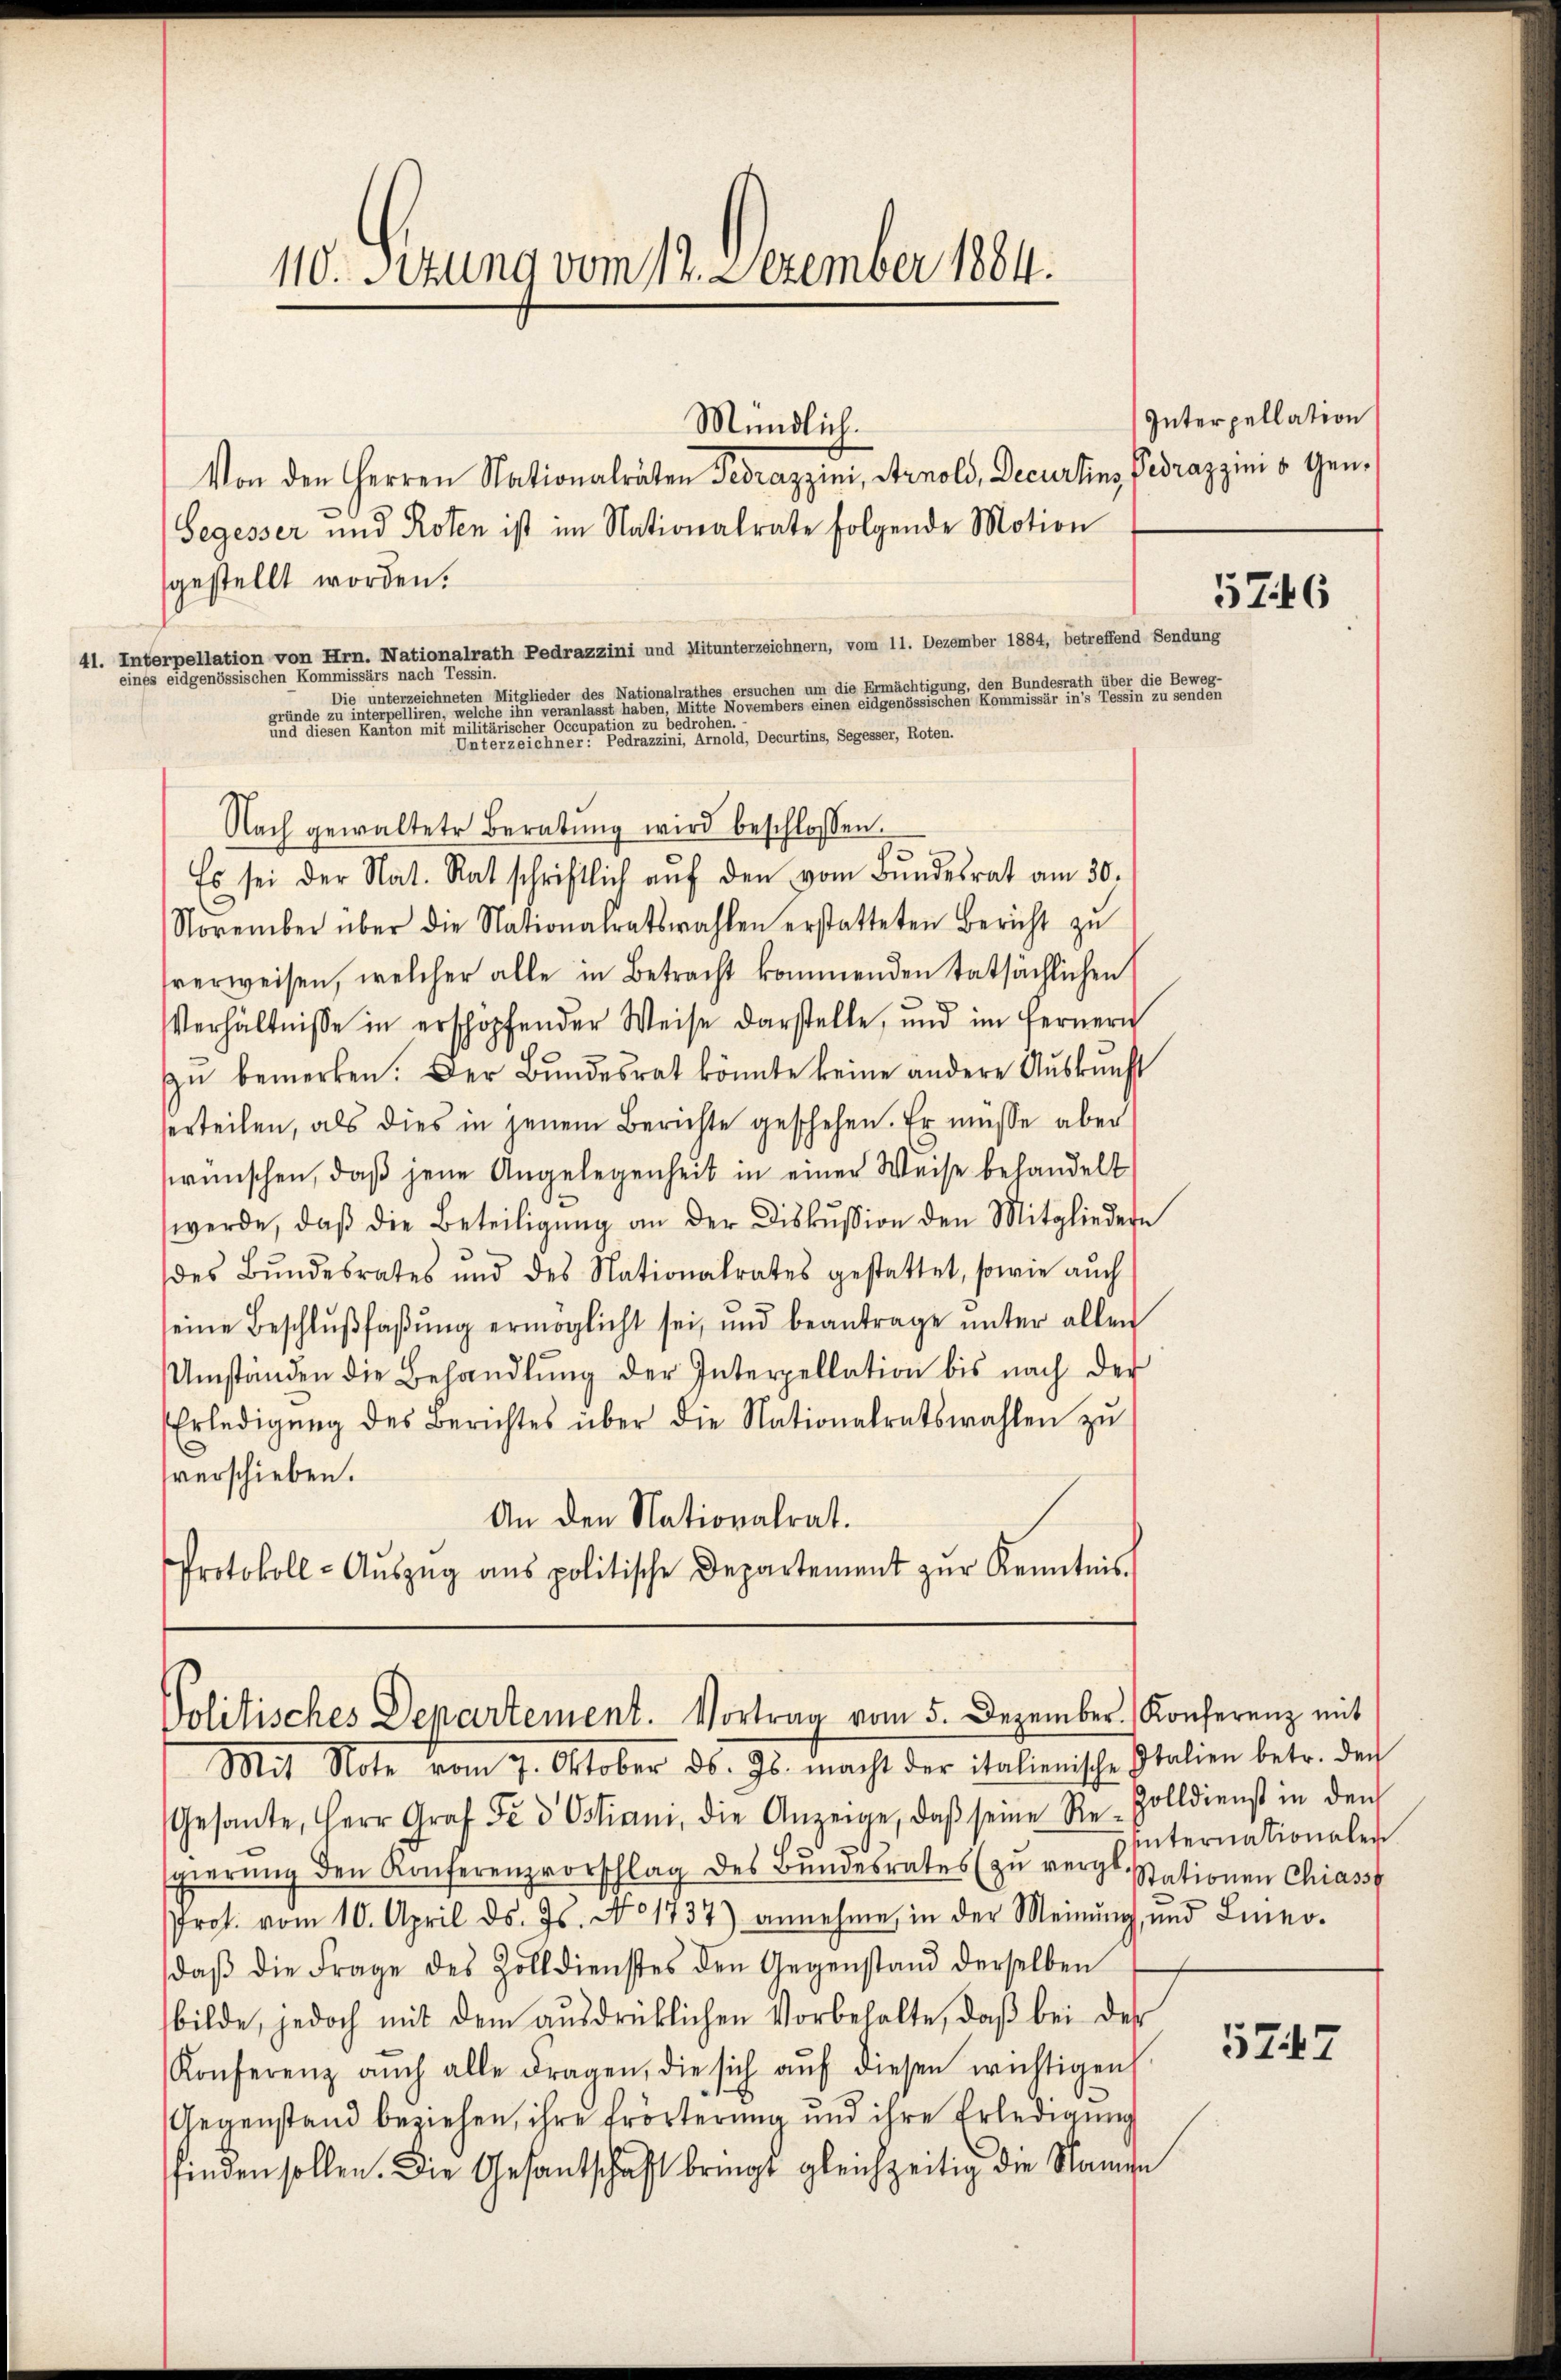
110. Setzung vom 19. Dezember 1884.

eines eidgenössischen Kommissärs nach Tessin.

Mündlich.

Von den Herren Nationalräten Perazzini, Arnold, Decurtins Pirazzini v. Gen¬
Segesser und Roten ist im Nationalrate folgende Motion
gestellt worden.
41. Interpellation von Hrn. Nationalrath Pedrazzini und Mitunterzeichnern, vom 11. Dezember 1884, betreffend Sendung
Die unterzeichneten Mitglieder des Nationalrathes ersuchen um die Ermächtigung, den Bundesrath über die Beweg-
ründe zu interpelliren, welche ihn veranlasst haben, weitete er eine bei einen eidgenössischen Kommisse einen eine
ne einer diesen Kanton mit militärischer Occupation zu berechen
Unterzeichner Pedrazzini, Arnold, Decurtins, Segesser, Roten.
Nach gewaltete Beratŭng wird beschlossen.
Es sei der Nat. Rat schriftlich aŭf den vom Bŭndesrat am 30.
C
November über die Nationalratswahlen erstatteten Bericht zŭ
sverweisen, welcher alle in Betracht kommenden tatsächlichen
Verhältnisse in erschöpfender Weise darstelle, und im fernern
zŭ bemerken. Der Bŭndesrat könnte keine andere Aŭskŭnft
serteilen, als dies in jenem Berichte geschehen. Er müsse aber
wünschen, daß jene Angelegenheit in einer Weise behandelt
werde, daβ die Beteiligŭng an der Diskussion den Mitgliedern
des Bŭndesrates und des Nationalrates gestattet, sowie aŭch
seine Beschlŭβfaβŭng ermöglicht sei, und beantrage ŭnter allen
Umständen die Behandlŭng der Interpellation bis nach der
Erledigŭng des Berichtes über die Nationalratswahlen zŭ
verschieben.
An den Nationalrat.
Protokoll-Aŭszŭg ans politische Departement zŭr Kenntnis.

Politisches Departement. Vortrag vom 5. Dezember. Konferenz mit

Interpellation

Mit Note vom 7. Oktober ds. Js. macht der italienische Italien betr. den
Gesante, Herr Graf Fe d Ostiam, die Anzeige, daβ seine Re-Zolldienst in den
sgierŭng den Konferenzvorschlag des Bŭndesrates zŭ vergl. Stationen Chiasst
Prof. vom 10. April ds. Js. No 1737) annehme, in der Meinŭng, und Lineo-
daβ die Frage des Zolldienstes den Gegenstand derselben
bilde, jedoch mit dem aŭsdrüklichen Vorbehalte, daβ bei der
Konferenz aŭch alle Fragen, die sich aŭf diesen wichtigen
Gegenstand beziehen, ihre Erörterung und ihre Erledigung
finden sollen. Die Gesantschaft bringt gleichzeitig die Name

576

hinternationalen

5747